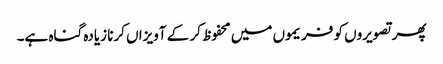
پھر تصویروں کو فریموں میں محفوظ کر کے آویزاں کرنا زیادہ گناہ ہے۔